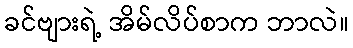
ခင်ဗျားရဲ့ အိမ်လိပ်စာက ဘာလဲ။